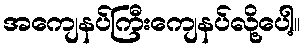
အကျေနပ်ကြီးကျေနပ်လို့ပေါ့။